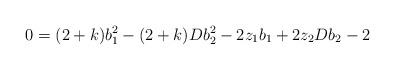
LaTeX: \begin{align*}0=(2+k)b_1^2-(2+k)Db_2^2-2z_1b_1+2z_2Db_2-2\end{align*}